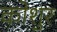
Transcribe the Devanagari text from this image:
कोशुर